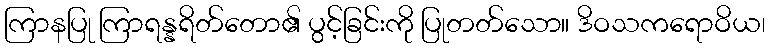
ကြာနပြု ကြာရန္နရိတ်တော၏ ပွင့်ခြင်းကို ပြုတတ်သော။ ဒိဝသကရောဝိယ၊